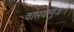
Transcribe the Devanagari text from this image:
वासवानुजः।